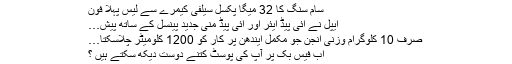
سام سنگ کا 32 میگا پکسل سیلفی کیمرے سے لیس پہلا فون
ایپل نے آئی پیڈ ایئر اور آئی پیڈ منی جدید پینسل کے ساتھ پیش…
صرف 10 کلوگرام وزنی انجن جو مکمل ایندھن پر کار کو 1200 کلومیٹر چلاسکتا…
اب فیس بک پر آپ کی پوسٹ کتنے دوست دیکھ سکتے ہیں ؟